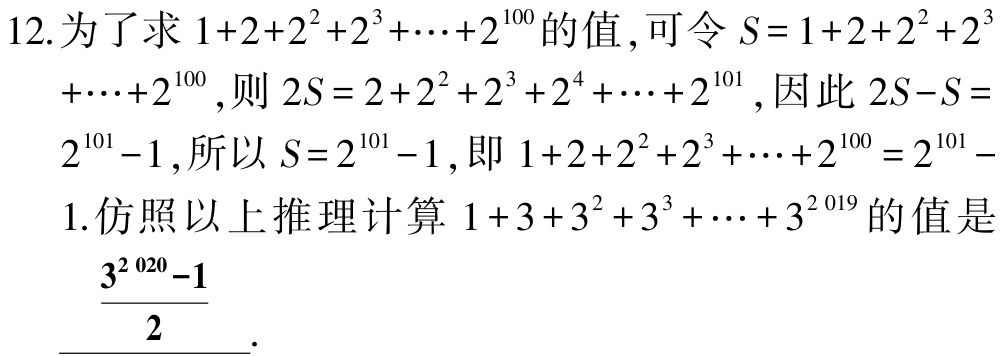
12. 为了求 \(1 + 2+2^{2}+2^{3}+\cdots+2^{100}\) 的值，可令 \(S = 1 + 2+2^{2}+2^{3}+\cdots+2^{100}\)，则 \(2S=2 + 2^{2}+2^{3}+2^{4}+\cdots+2^{101}\)，因此 \(2S - S=2^{101}-1\)，所以 \(S = 2^{101}-1\)，即 \(1 + 2+2^{2}+2^{3}+\cdots+2^{100}=2^{101}-1\). 仿照以上推理计算 \(1 + 3+3^{2}+3^{3}+\cdots+3^{2019}\) 的值是 \(\frac{3^{2020}-1}{2}\).